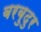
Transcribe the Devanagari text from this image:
बरबुदुर